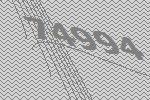
74994